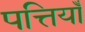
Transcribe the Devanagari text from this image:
पत्तियॉँ